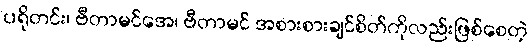
ပရိုတင်း၊ ဗီတာမင်အေ၊ ဗီတာမင် အစားစားချင်စိတ်ကိုလည်းဖြစ်စေတဲ့